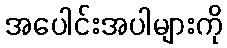
အပေါင်းအပါများကို